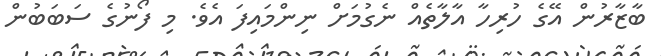
ބާޒާރުން އޭގެ ހުރިހާ އާލާތެއް ނެގުމަށް ނިންމައިފަ އެވެ. މި ފޯނުގެ ސަބަބުން